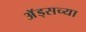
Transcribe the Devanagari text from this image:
अॅड्सच्या